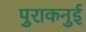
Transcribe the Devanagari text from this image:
पुराकनुई